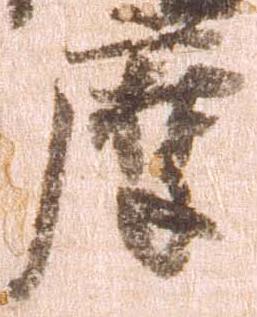
摩